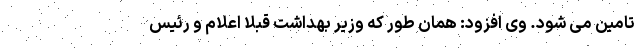
تامین می شود. وی افزود: همان طور که وزیر بهداشت قبلا اعلام و رئیس